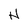
Character: H